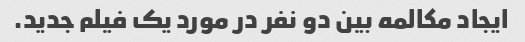
ایجاد مکالمه بین دو نفر در مورد یک فیلم جدید.